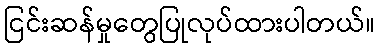
ငြင်းဆန်မှုတွေပြုလုပ်ထားပါတယ်။